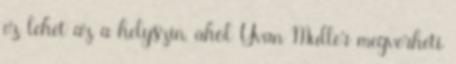
ez lehet az a helyszín, ahol Yvan Muller megverheti